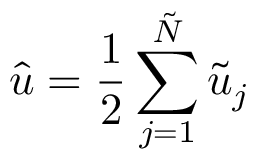
\hat { u } = \frac { 1 } { 2 } \sum _ { j = 1 } ^ { \tilde { N } } \tilde { u } _ { j }